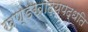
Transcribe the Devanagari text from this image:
खण्डखाद्यपद्धति